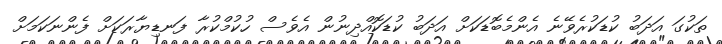
ތަކުގަ އަދަބު ކުޑަކުރެވޭނެ އެންމެބޮޑަކަށް އަދަބު ކުޑަކޮއްދިނުން އެވެސް ހުކުމްކުރާ ފަނޑިޔާރަކަށް ފެންނަކަމަށް